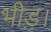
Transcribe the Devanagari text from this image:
भीड़़।